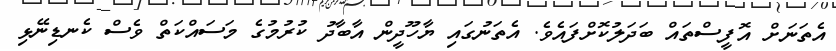
އެތަނަށް އޮފީސްތައް ބަދަލުކޮށްފައެެވެ. އެތަނުގައި ޔާހޫދީން އާބާދު ކުރުމުގެ މަސައްކަތް ވެސް ކެނޑިނޭޅި